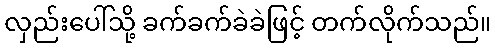
လှည်းပေါ်သို့ ခက်ခက်ခဲခဲဖြင့် တက်လိုက်သည်။